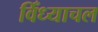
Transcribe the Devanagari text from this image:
विँध्याचल